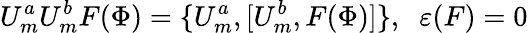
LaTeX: U_{m}^{a}U_{m}^{b}F(\Phi)=\{ U_{m}^{a},{[}U_{m}^{b},F(\Phi){]}\} ,\; \; \varepsilon(F)=0